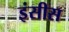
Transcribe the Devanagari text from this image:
इंसीस